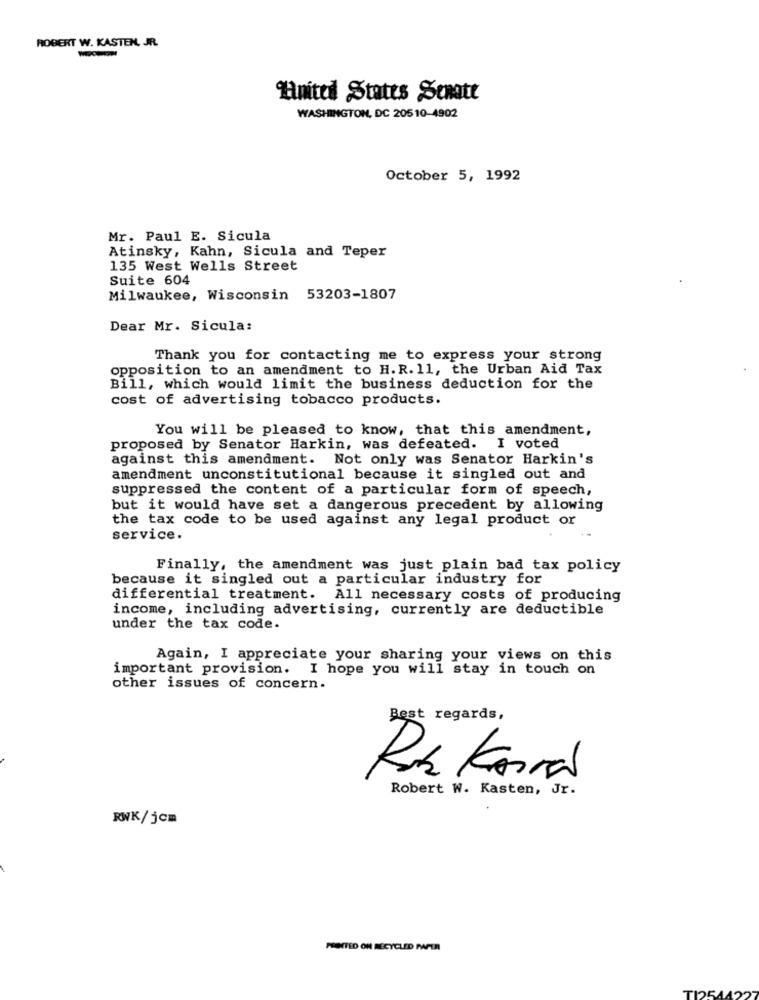
ROBERT W. KASTEN, JR.
United States Schott
WASHINGTON, DC 20510-4902
October 5, 1992
Mr. Paul E. Sicula
Atinsky, Kahn, Sicula and Teper
135 West Wells Street
Suite 604
Milwaukee, Wisconsin 53203-1807
Dear Mr. Sicula:
Thank you for contacting me to express your strong
opposition to an amendment to H. R. 11, the Urban Aid Tax
Bill, which would limit the business deduction for the
cost of advertising tobacco products.
You will be pleased to know, that this amendment,
proposed by Senator Harkin, was defeated. I voted
against this amendment. Not only was Senator Harkin's
amendment unconstitutional because it singled out and
suppressed the content of a particular form of speech,
but it would have set a dangerous precedent by allowing
the tax code to be used against any legal product or
service.
Finally, the amendment was just plain bad tax policy
because it singled out a particular industry for
differential treatment. All necessary costs of producing
income, including advertising, currently are deductible
under the tax code.
Again, I appreciate your sharing your views on this
important provision. I hope you will stay in touch on
other issues of concern.
Best regards,
RUS Karral
Robert W. Kasten, Jr.
RWK/jcm
PSUNITED ON RECYCLED PAPER
TIPSA